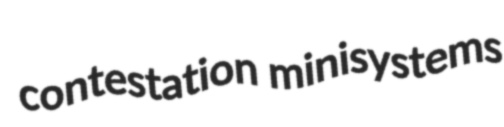
contestation minisystems